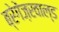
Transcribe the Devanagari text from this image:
ब्रेगेंज़रवाल्ड